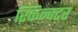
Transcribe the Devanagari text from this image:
स्फिन्क्टर